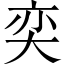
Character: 奕